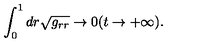
\int _ { 0 } ^ { 1 } d r \sqrt { g _ { r r } } \to 0 ( t \to + \infty ) .